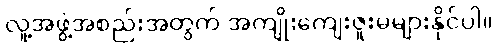
လူ့အဖွဲ့အစည်းအတွက် အကျိုးကျေးဇူးမများနိုင်ပါ။